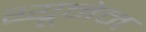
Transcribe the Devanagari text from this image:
थ्यूनेन